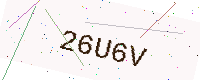
Text: 26U6V